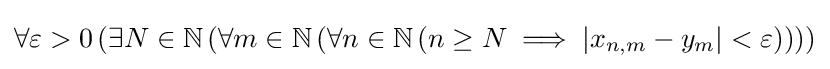
\forall \varepsilon >0\left(\exists N\in \mathbb {N} \left(\forall m\in \mathbb {N} \left(\forall n\in \mathbb {N} \left(n\geq N\implies |x_{n,m}-y_{m}|<\varepsilon \right)\right)\right)\right)